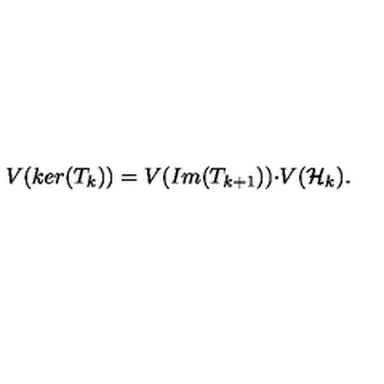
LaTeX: V ( k e r ( T _ { k } ) ) = V ( I m ( T _ { k + 1 } ) ) { \cdot } V ( { \cal H \/ } _ { k } ) .